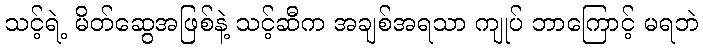
သင့်ရဲ့ မိတ်ဆွေအဖြစ်နဲ့ သင့်ဆီက အချစ်အရသာ ကျုပ် ဘာကြောင့် မရဘဲ